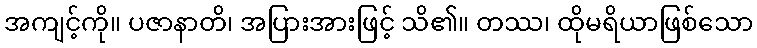
အကျင့်ကို။ ပဇာနာတိ၊ အပြားအားဖြင့် သိ၏။ တဿ၊ ထိုမရိယာဖြစ်သော